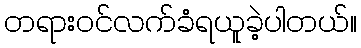
တရားဝင်လက်ခံရယူခဲ့ပါတယ်။